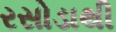
રસોડાથી